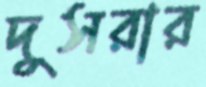
দুসরার